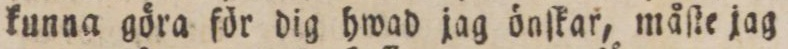
kunna göra för dig hwad jag önſkar, måſte jag